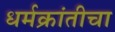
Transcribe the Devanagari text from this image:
धर्मक्रांतीचा